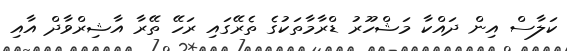
ކަލާސް އިން ދައްކާ މަޝްހޫރު ޑްރާމާތަކުގެ ތެރޭގައި ރަހޭ ތޭރާ އާޝިރްވާދް އާއި